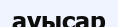
ауысар